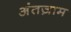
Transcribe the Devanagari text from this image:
अंतज़ाम